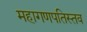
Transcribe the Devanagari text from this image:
महागणपतिस्तव